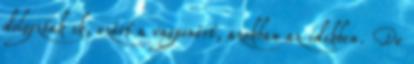
dolgoztak ık, ezért a vagyonért, azokban az idıkben. De